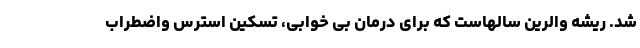
شد. ریشه والرین سالهاست که برای درمان بی خوابی، تسکین استرس واضطراب